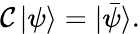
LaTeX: {\mathcal{C}}\, |\psi\rangle=|{\bar{\psi}}\rangle.